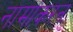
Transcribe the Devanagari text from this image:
नामांकरन